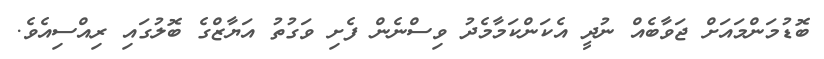
ބޮޑުމަންމައަށް ޖަވާބެއް ނުދީ އެކަންކަމާމެދު ވިސްނެން ފެށި ވަގުތު އަޔާޒްގެ ބޮލުގައި ރިއްސިއެވެ.